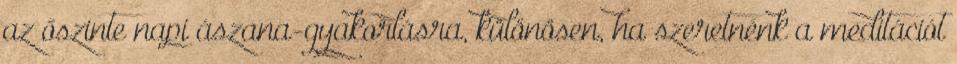
az őszinte napi ászana-gyakorlásra, különösen, ha szeretnénk a meditációt